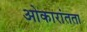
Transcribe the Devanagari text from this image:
ओकारांतता